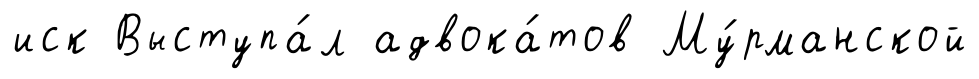
иск Выступа́л адвока́тов Му́рманской